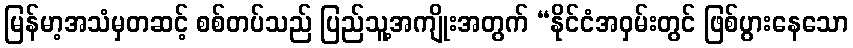
မြန်မာ့အသံမှတဆင့် စစ်တပ်သည် ပြည်သူ့အကျိုးအတွက် “နိုင်ငံအဝှမ်းတွင် ဖြစ်ပွားနေသော